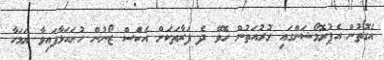
އެގޮތުން އެޕުރޮމޯޝަންގައި ގުރުއަތުން ހޮވޭ ދެ ފަރާތަކަށް އެކުްސް ޒޯނުން ހުށައަޅާފައިވާ ޔަމަހާ